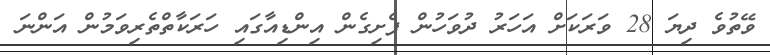
ވޭތުވެ ދިޔަ 28 ވަރަކަށް އަހަރު ދުވަހުން ފެށިގެން އިންޑިއާގައި ހަރަކާތްތެރިވަމުން އަންނަ